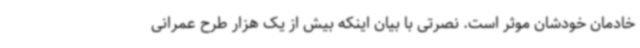
خادمان خودشان موثر است. نصرتی با بیان اینکه بیش از یک هزار طرح عمرانی